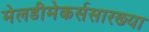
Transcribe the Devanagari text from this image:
मेलडीमेकर्ससारख्या